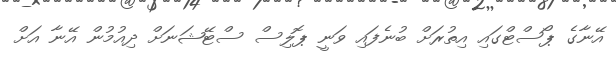
އޭނާގެ ޕޯސްޓްގައި އިތުރަށް ބުނެފައި ވަނީ ޕޮލިސް ސްޓޭޝަނަށް ދިއުމުން އޭނާ އަށް